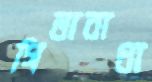
গিলাবাধা